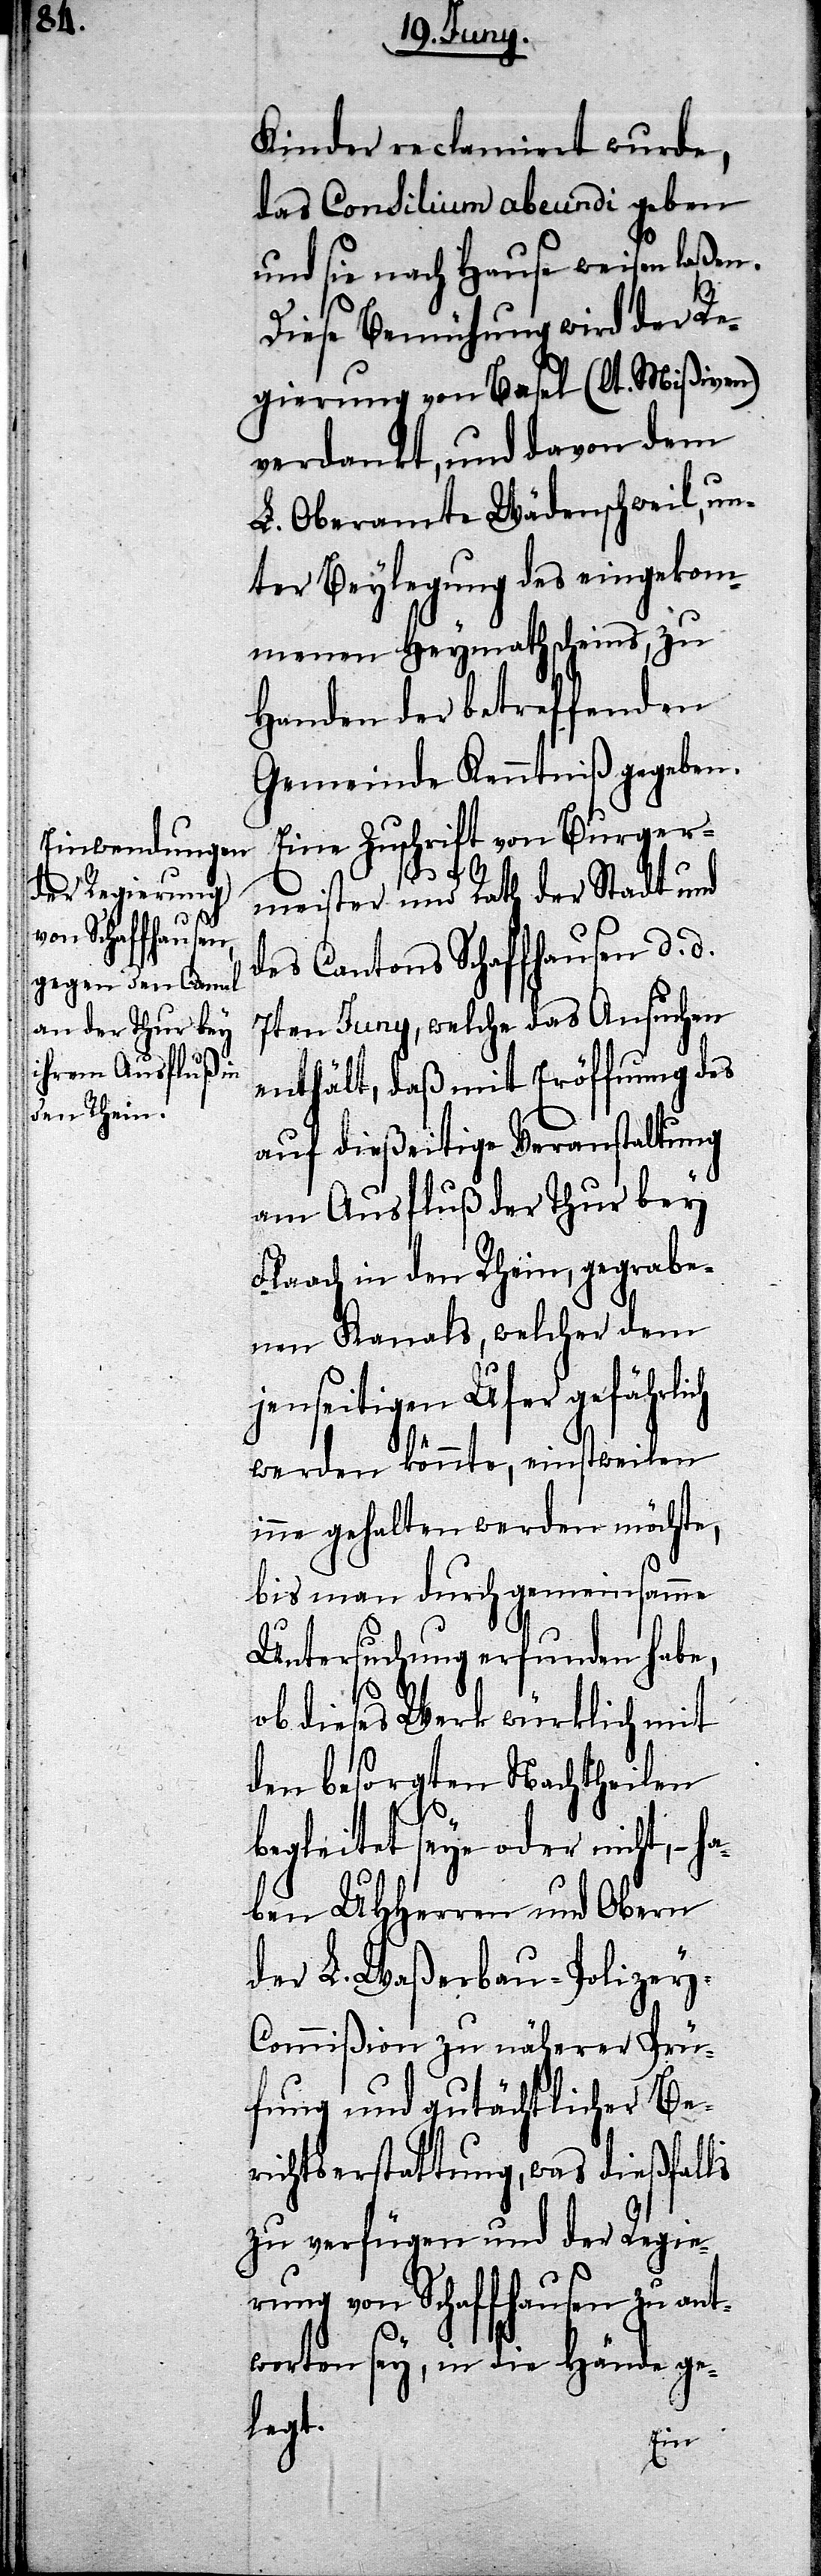
Kinder reclamiert wurde,
das Consilium abeundi geben
und sie nach Hause weisen laßen.
Diese Bemühung wird der Re¬
gierung von Basel (lt. Mißiven)
verdankt, und davon dem
L. Oberamte Wädenschweil, un¬
ter Beylegung des eingekom¬
menen Heymathscheins, zu
Handen der betreffenden
Gemeinde Kenntniß gegeben.
Eine Zuschrift von Burger¬
ha¬
meister und Rath der Stadt und
des Cantons Schaffhausen d. d.
7ten Juny, welche das Ansuchen
enthält, daß mit Eröffnung des
auf dießeitige Veranstaltung
am Ausfluß der Thur bey
Flaach in den Rhein, gegrabe¬
nen Kanals, welcher dem
jenseitigen Ufer gefährlich
werden könnte, einstweilen
inne gehalten werden möchte,
bis man durch gemeinsamme
Untersuchung erfunden habe,
ob dieses Werk würklich mit
den besorgten Nachtheilen
begleitet seye oder nicht, –
ben UHHerren und Obern
der L. Waßerbau-Polizey-C¬
ommißion zu näherer Prü¬
fung und gutächtlicher Be¬
richtserstattung, was dießfalls
zu verfügen und der Regie¬
rung von Schaffhausen zu ant¬
worten sey, in die Hände ge¬
legt.